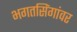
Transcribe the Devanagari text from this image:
भगतसिंगांवर